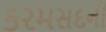
કરમસદની